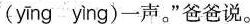
( yīng yìng)一声。”爸爸说。